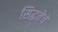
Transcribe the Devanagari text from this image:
सिद्धतेचे